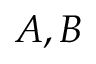
A , B